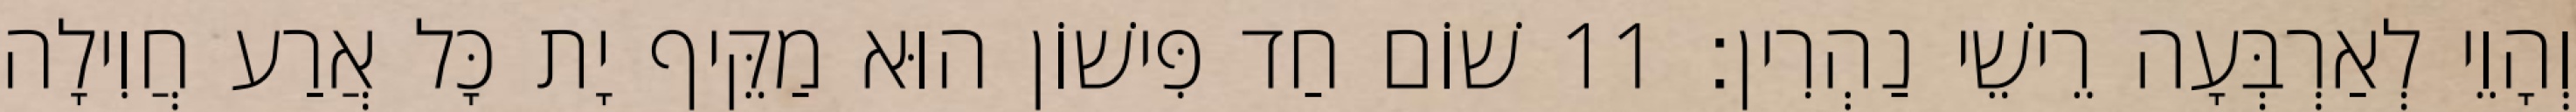
וְהָוֵי לְאַרְבְּעָה רֵישֵׁי נַהְרִין׃ 11 שׁוֹם חַד פִּישׁוֹן הוּא מַקֵּיף יָת כָּל אֲרַע חֲוִילָה